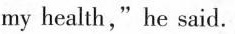
my health,"he said.